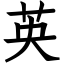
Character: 英